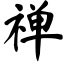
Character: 禅